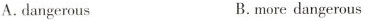
A.dangerous B.more dangerous